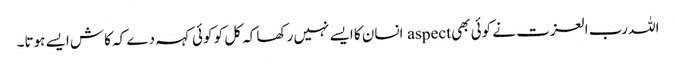
اللہ رب العزت نے کوئی بھی aspect انسان کا ایسے نہیں رکھا کہ کل کو کوئی کہہ دے کہ کاش ایسے ہوتا۔